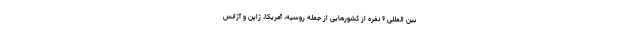
بین المللی ۶ نفره از کشور‌هایی از جمله روسیه، آمریکا، ژاپن و آژانس